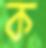
ক